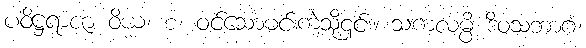
ပဝိဋ္ဌရာဇာ ဝိယ၊ စ၊ ဝင်သောမင်းကဲ့သို့၎င်း။ သကလမ္ပိ ဒိဝသဘာဂံ၊